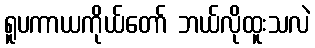
ရူပကာယကိုယ်တော် ဘယ်လိုထူးသလဲ